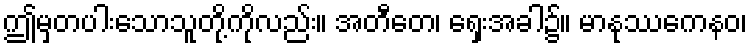
ဤမှတပါးသောသူတို့ကိုလည်း။ အတီတေ၊ ရှေးအခါ၌။ မာနုဿကေနဝ၊